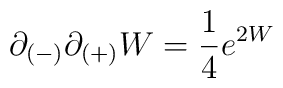
\partial_{(-)} \partial_{(+)} W = {1 \over 4}e^{2W}